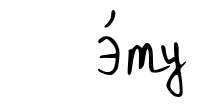
э́ту